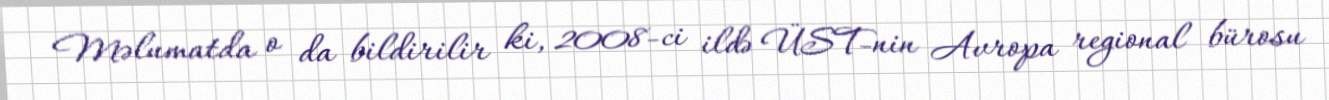
Məlumatda o da bildirilir ki, 2008-ci ildə ÜST-nin Avropa regional bürosu